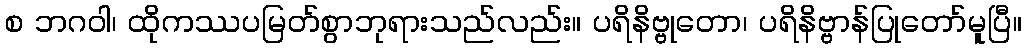
စ ဘဂဝါ၊ ထိုကဿပမြတ်စွာဘုရားသည်လည်း။ ပရိနိဗ္ဗုတော၊ ပရိနိဗ္ဗာန်ပြုတော်မူပြီ။